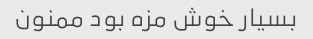
بسیار خوش مزه بود ممنون